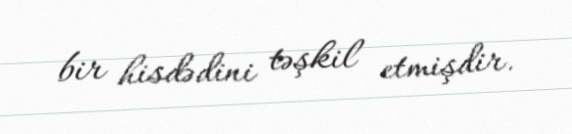
bir hisdədini təşkil etmişdir.